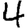
Digit: 4